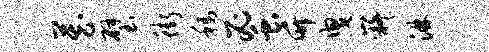
藏璧街称蜜竹曳嶷淋